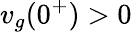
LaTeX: v_{g}(0^{+})>0